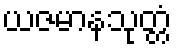
ယဇမာနသုတ္တံ